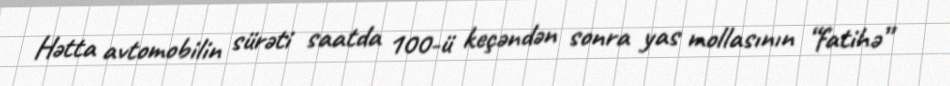
Hətta avtomobilin sürəti saatda 100-ü keçəndən sonra yas mollasının “fatihə”